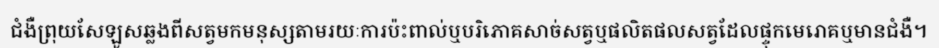
ជំងឺព្រុយសែឡូសឆ្លងពីសត្វមកមនុស្សតាមរយៈការប៉ះពាល់ឬបរិភោគសាច់សត្វឬផលិតផលសត្វដែលផ្ទុកមេរោគឬមានជំងឺ។